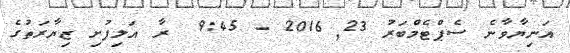
އަނިޔާވާނެ ސެޕްޓެމްބަރު 23